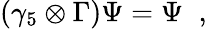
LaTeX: (\gamma_{5}\otimes\Gamma)\Psi=\Psi\; \; ,